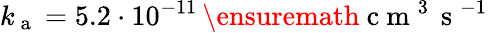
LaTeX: k_{\mathrm{~a~}}=5.2\cdot 10^{-11}\, \ensuremath{\mathrm{~c~m~}^{3}\, \mathrm{~s~}^{-1}}